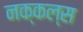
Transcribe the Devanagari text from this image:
नक्कल्स